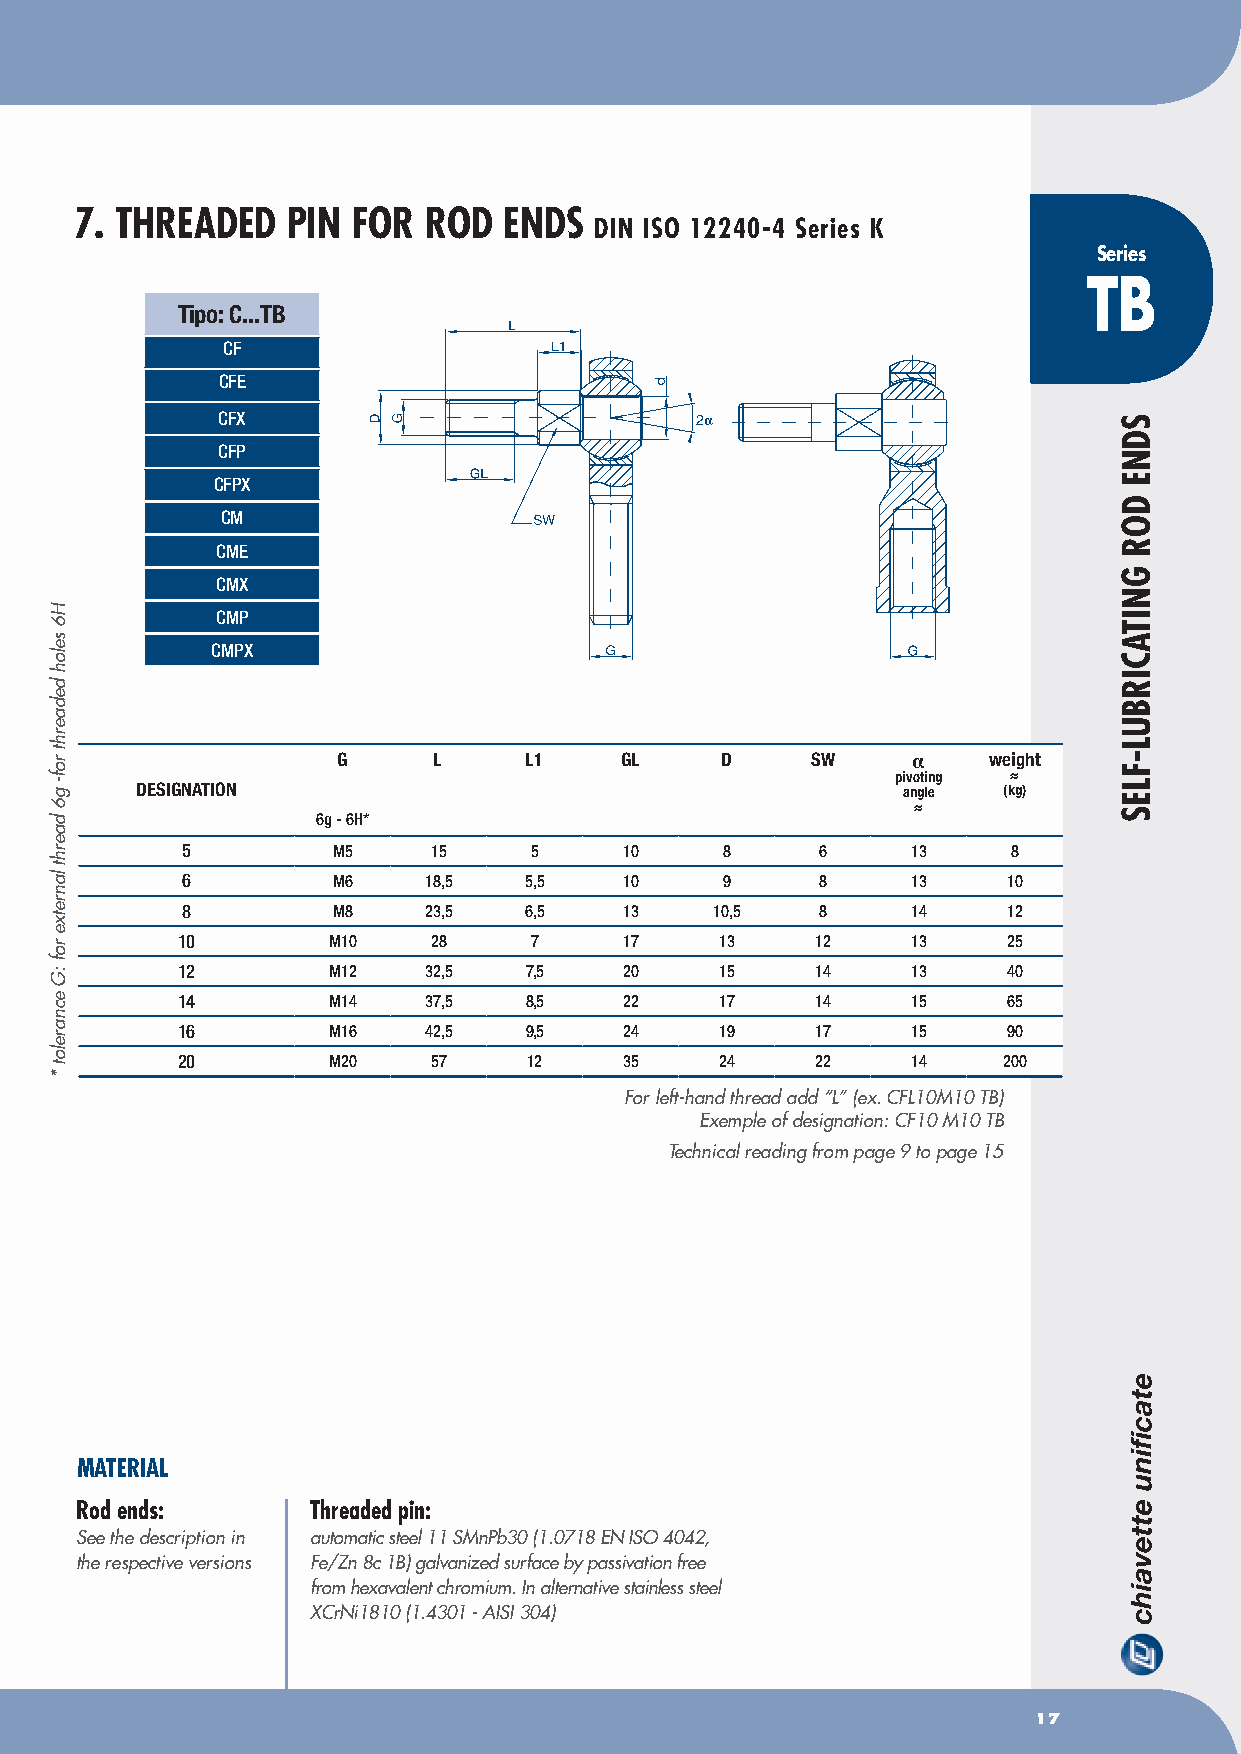
7. ThREADED   PIN FOR  ROD  ENDS
 DIN ISO 12240-4 Series K
 Series
 TB
 Tipo: C...TB
 CF
 CFe
 CFX                             2α
 CFp
 CFpX
 CM
 CMe
 CMX
 CMp
 CMpX
 G      L     L1    GL     D     SW    α    weight
 pivoting ≈
 DESIGNATION                                        angle (kg)
 ≈
 6g - 6H*
 5         M5    15     5     10     8     6     13     8
 6         M6    18,5   5,5   10     9     8     13     10
 8         M8    23,5   6,5   13    10,5   8     14     12
 10        M10   28     7     17     13    12    13     25
 12        M12   32,5   7,5   20     15    14    13     40
 14        M14   37,5   8,5   22     17    14    15     65
 16        M16   42,5   9,5   24     19    17    15     90
 20        M20   57     12    35     24    22    14    200
 For left-hand thread add “L” (ex. CFL10M10 TB)
 Exemple of designation: CF10 M10 TB
 Technical reading from page 9 to page 15
 MATERIAL
 Rod ends:       Threaded pin:
 See the description in automatic steel 11 SMnPb30 (1.0718 EN ISO 4042,
 the respective versions Fe/Zn 8c 1B) galvanized surface by passivation free
 from hexavalent chromium. In alternative stainless steel
 XCrNi1810 (1.4301 - AISI 304)
 17
 H6
 seloh
 dedaerht
 rof-
 g6
 daerht
 lanretxe
 rof
 :G
 ecnarelot
 *
 SDNE
 DOR
 GNITACIRBUL-FLES